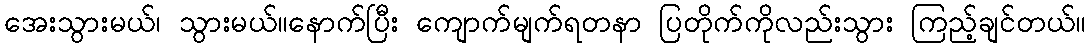
အေးသွားမယ်၊ သွားမယ်။နောက်ပြီး ကျောက်မျက်ရတနာ ပြတိုက်ကိုလည်းသွား ကြည့်ချင်တယ်။